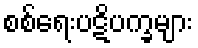
စစ်ရေးပဋိပက္ခများ